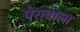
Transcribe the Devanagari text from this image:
पेराबोला